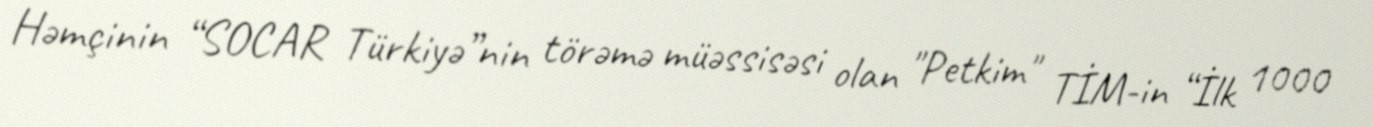
Həmçinin “SOCAR Türkiyə”nin törəmə müəssisəsi olan "Petkim" TİM-in “İlk 1000